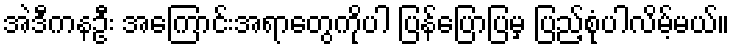
အဲဒီကနဦး အကြောင်းအရာတွေကိုပါ ပြန်ပြောပြမှ ပြည့်စုံပါလိမ့်မယ်။